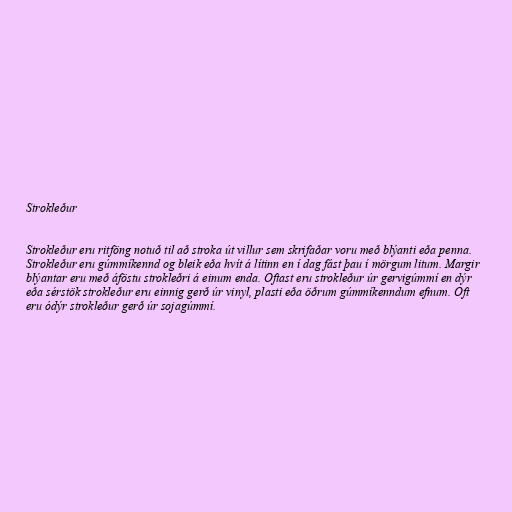
Strokleður

Strokleður eru ritföng notuð til að stroka út villur sem skrifaðar voru með blýanti eða penna.
Strokleður eru gúmmíkennd og bleik eða hvít á lítinn en í dag fást þau í mörgum litum. Margir
blýantar eru með áföstu strokleðri á einum enda. Oftast eru strokleður úr gervigúmmí en dýr
eða sérstök strokleður eru einnig gerð úr vinyl, plasti eða öðrum gúmmíkenndum efnum. Oft
eru ódýr strokleður gerð úr sojagúmmí.